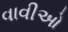
વાવીઓ